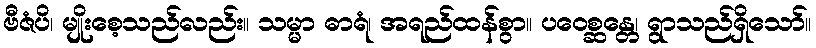
ဗီဇံပိ၊ မျိုးစေ့သည်လည်း။ သမ္မာ ဓာရံ၊ အရည်ထန်စွာ။ ပဝေစ္ဆန္တေ၊ ရွာသည်ရှိသော်။